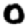
Digit: 0